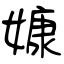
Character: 嫝